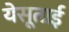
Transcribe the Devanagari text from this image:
येसूताई